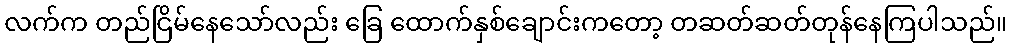
လက်က တည်ငြိမ်နေသော်လည်း ခြေ ထောက်နှစ်ချောင်းကတော့ တဆတ်ဆတ်တုန်နေကြပါသည်။